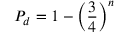
P _ { d } = 1 - \left( { \frac { 3 } { 4 } } \right) ^ { n }